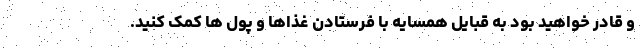
و قادر خواهید بود به قبایل همسایه با فرستادن غذاها و پول ها کمک کنید.